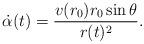
LaTeX: \begin{align*}\dot \alpha(t) = \frac{v(r_0)r_0\sin\theta}{r(t)^2}.\end{align*}